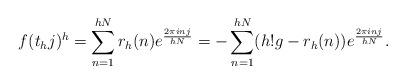
LaTeX: \begin{align*} f( t_h j)^h = \sum_{n = 1}^{hN} r_h (n) e^{ \frac{2 \pi i n j } {hN}} = - \sum_{n = 1}^{hN} ( h! g - r_h (n) ) e^{ \frac{2 \pi i n j }{h N } }.\end{align*}